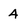
Character: 4